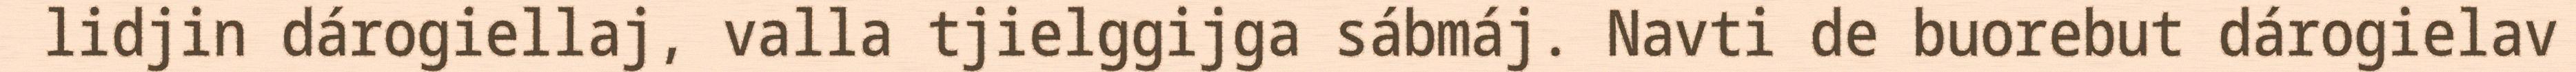
lidjin dárogiellaj, valla tjielggijga sábmáj. Navti de buorebut dárogielav